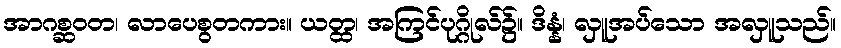
အာဂစ္ဆဝတ၊ လာပေစွတကား။ ယတ္ထ၊ အကြင်ပုဂ္ဂိုလ်၌။ ဒိန္နံ၊ လှူအပ်သော အလှူသည်။